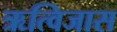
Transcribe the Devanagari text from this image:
ऋत्विजास